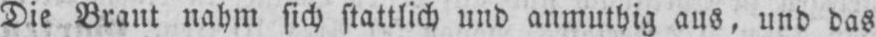
Die Braut nahm sich stattlich und anmuthig aus, und das